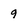
Character: 9